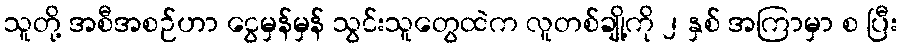
သူတို့ အစီအစဉ်ဟာ ငွေမှန်မှန် သွင်းသူတွေထဲက လူတစ်ချို့ကို ၂ နှစ် အကြာမှာ စ ပြီး